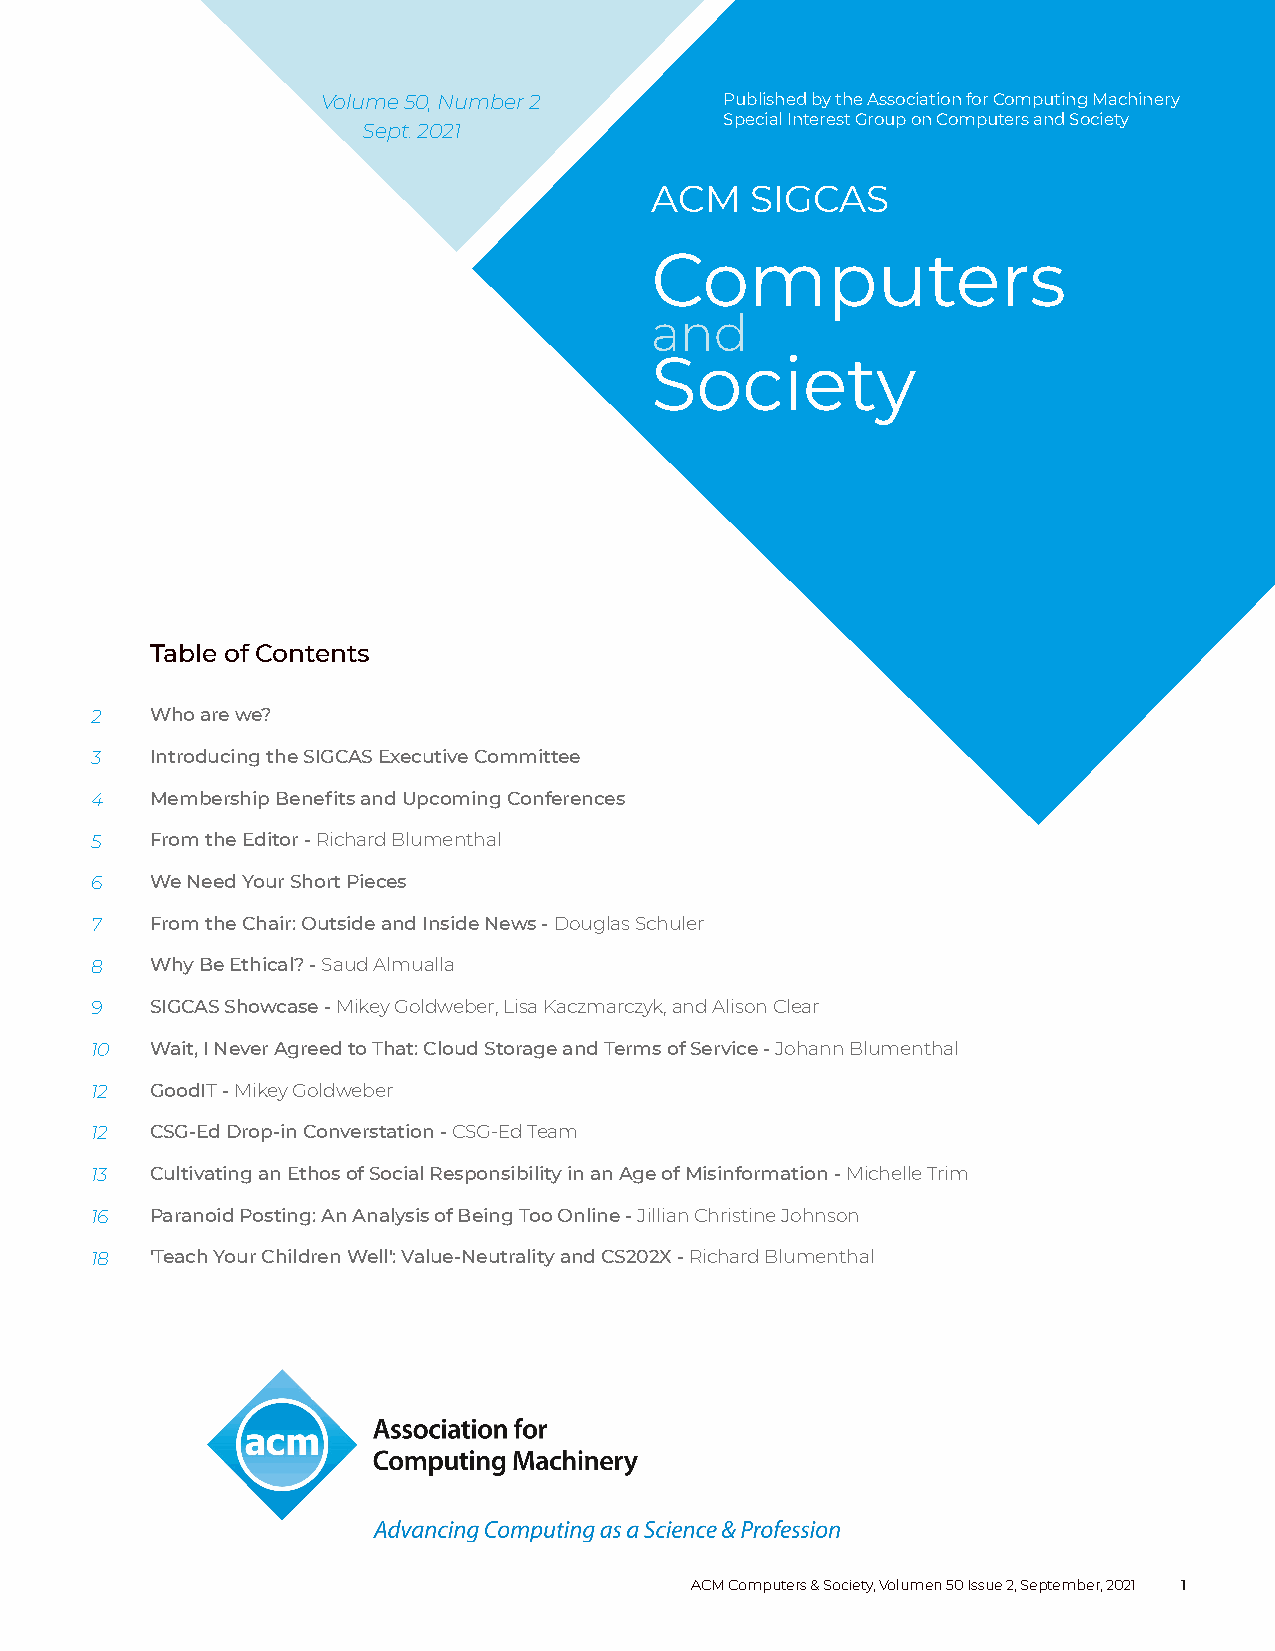
Volume 50, Number 2        Published by the Association for Computing Machinery
 Special Interest Group on Computers and Society
 Sept. 2021
 ACM    SIGCAS
 Computers
 and
 Society
 Table of Contents
 2   Who are we?
 3   Introducing the SIGCAS Executive Committee
 4   Membership Benefits and Upcoming Conferences
 5   From the Editor - Richard Blumenthal
 6   We Need Your Short Pieces
 7   From the Chair: Outside and Inside News - Douglas Schuler
 8   Why Be Ethical? - Saud Almualla
 9   SIGCAS Showcase - Mikey Goldweber, Lisa Kaczmarczyk, and Alison Clear
 10  Wait, I Never Agreed to That: Cloud Storage and Terms of Service - Johann Blumenthal
 12  GoodIT - Mikey Goldweber
 12  CSG-Ed Drop-in Converstation - CSG-Ed Team
 13  Cultivating an Ethos of Social Responsibility in an Age of Misinformation - Michelle Trim
 16  Paranoid Posting: An Analysis of Being Too Online - Jillian Christine Johnson
 18  'Teach Your Children Well': Value-Neutrality and CS202X - Richard Blumenthal
 ACM Computers & Society, Volumen 50 Issue 2, September, 2021 1